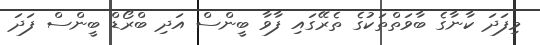
މިފަދަ ކާނާގެ ބާވަތްތަކުގެ ތެރޭގައި ފާވާ ބީންސް އަދި ބްރޯޑް ބީންސް ފަދަ